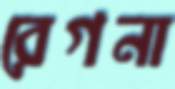
রেগনা